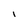
Character: I